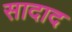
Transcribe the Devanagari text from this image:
सादाद